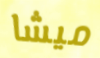
ميشا